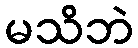
မသိဘဲ